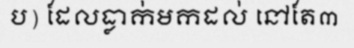
ប) ដែលធ្លាក់មកដល់ នៅតែ៣